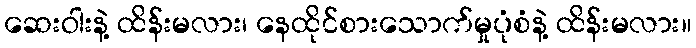
ဆေးဝါးနဲ့ ထိန်းမလား၊ နေထိုင်စားသောက်မှုပုံစံနဲ့ ထိန်းမလား။